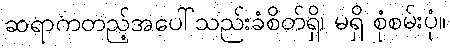
ဆရာကတည့်အပေါ်သည်းခံစိတ်ရှိ၊ မရှိ စုံစမ်းပုံ။